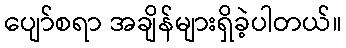
ပျော်စရာ အချိန်များရှိခဲ့ပါတယ်။